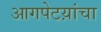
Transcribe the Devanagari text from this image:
आगपेटय़ांचा